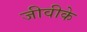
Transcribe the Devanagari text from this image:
जीवीके